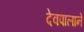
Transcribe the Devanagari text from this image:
देवपालाने